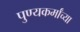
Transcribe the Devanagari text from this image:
पुण्यकर्मांच्या